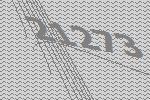
21273